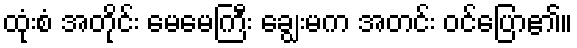
ထုံးစံ အတိုင်း မေမေကြီး ချွေးမက အတင်း ဝင်ပြော၏။